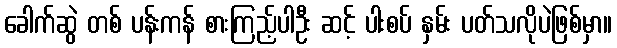
ခေါက်ဆွဲ တစ် ပန်းကန် စားကြည့်ပါဦး ဆင့် ပါးစပ် နှမ်း ပတ်သလိုပဲဖြစ်မှာ။